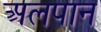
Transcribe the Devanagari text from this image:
अलपान